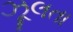
ઝૂલતા